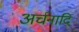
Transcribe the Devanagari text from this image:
अर्चनादि